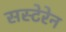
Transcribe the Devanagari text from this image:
सस्टेरेन